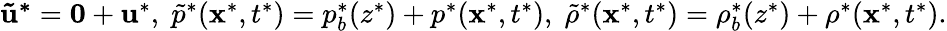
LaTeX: \begin{array}{r}{\mathbf{\tilde{u}^{*}}=\mathbf{0}+\mathbf{u}^{*},\; \tilde{p}^{*}(\mathbf{x}^{*},t^{*})=p_{b}^{*}(z^{*})+p^{*}(\mathbf{x}^{*},t^{*}),\; \tilde{\rho}^{*}(\mathbf{x}^{*},t^{*})=\rho_{b}^{*}(z^{*})+\rho^{*}(\mathbf{x}^{*},t^{*}).}\end{array}